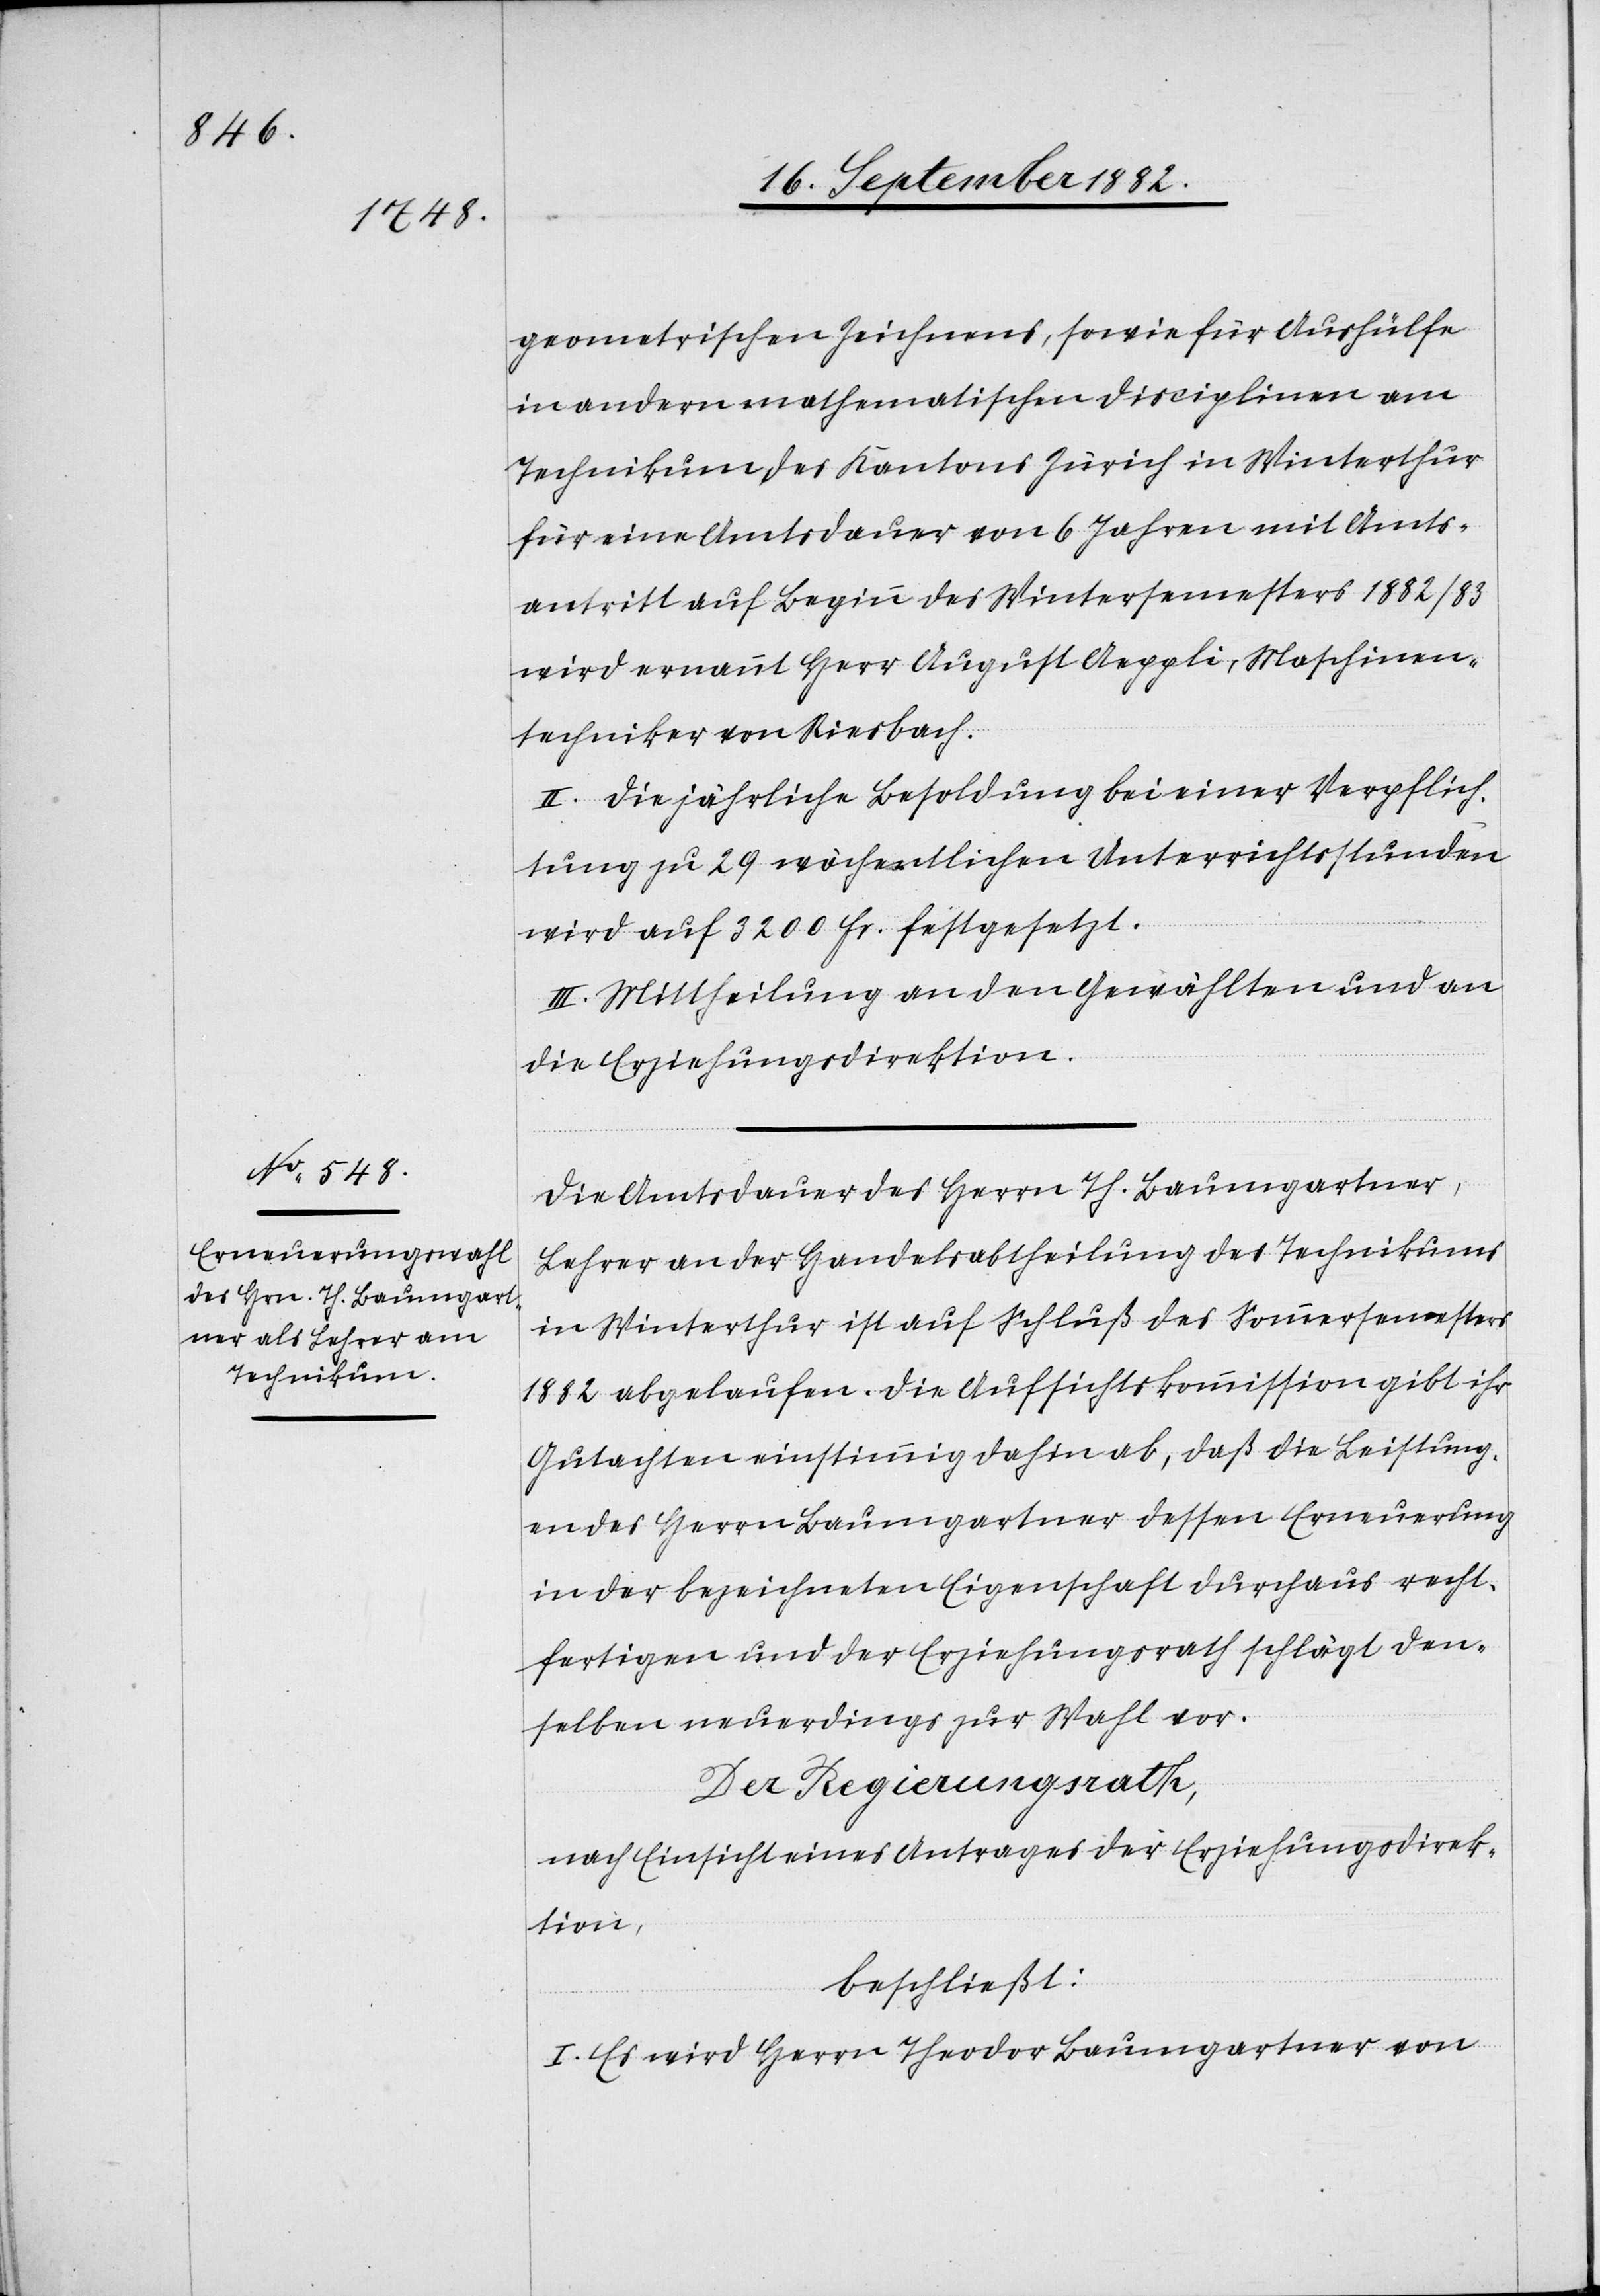
geometrischen Zeichnens, sowie für Aushülfe
in andern mathematischen Disciplinen am
Technikum des Kantons Zürich in Winterthur
für eine Amtsdauer von 6 Jahren mit Amts¬
antritt auf Beginn des Wintersemesters 1882/83
wird ernannt Herr August Aeppli, Maschinen¬
techniker von Riesbach.
II. Die jährliche Besoldung bei einer Verpflich¬
tung zu 29 wöchentlichen Unterrichtsstunden
wird auf 3200 Fr. festgesetzt.
III. Mittheilung an den Gewählten und an
die Erziehungsdirektion.
Die Amtsdauer des Herrn Th. Baumgartner,
Lehrer an der Handelsabtheilung des Technikums
in Winterthur ist auf Schluß des Sommersemesters
1882 abgelaufen. Die Aufsichtskommission gibt ihr
Gutachten einstimmig dahin ab, daß die Leistung¬
en des Herrn Baumgartner dessen Erneuerung
in der bezeichneten Eigenschaft durchaus recht¬
fertigen und der Erziehungsrath schlägt den¬
selben neuerdings zur Wahl vor.
Der Regierungsrath,
nach Einsicht eines Antrages der Erziehungsdirek¬
tion,
beschließt:
I. Es wird Herrn Theodor Baumgartner von